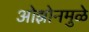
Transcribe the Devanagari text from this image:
ओझोनमुळे